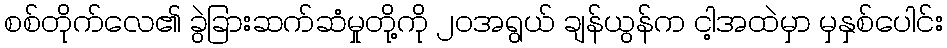
စစ်တိုက်လေ၏ ခွဲခြားဆက်ဆံမှုတို့ကို ၂၀အရွယ် ချန်ယွန်က ငါ့အထဲမှာ မှနှစ်ပေါင်း